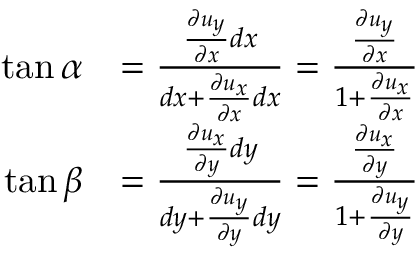
{ \begin{array} { r l } { \tan \alpha } & { = { \frac { { \frac { \partial u _ { y } } { \partial x } } d x } { d x + { \frac { \partial u _ { x } } { \partial x } } d x } } = { \frac { \frac { \partial u _ { y } } { \partial x } } { 1 + { \frac { \partial u _ { x } } { \partial x } } } } } \\ { \tan \beta } & { = { \frac { { \frac { \partial u _ { x } } { \partial y } } d y } { d y + { \frac { \partial u _ { y } } { \partial y } } d y } } = { \frac { \frac { \partial u _ { x } } { \partial y } } { 1 + { \frac { \partial u _ { y } } { \partial y } } } } } \end{array} }